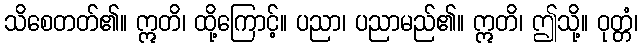
သိစေတတ်၏။ ဣတိ၊ ထို့ကြောင့်။ ပညာ၊ ပညာမည်၏။ ဣတိ၊ ဤသို့။ ဝုတ္တံ၊